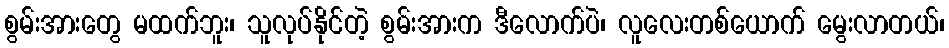
စွမ်းအားတွေ မထက်ဘူး၊ သူလုပ်နိုင်တဲ့ စွမ်းအားက ဒီလောက်ပဲ၊ လူလေးတစ်ယောက် မွေးလာတယ်၊